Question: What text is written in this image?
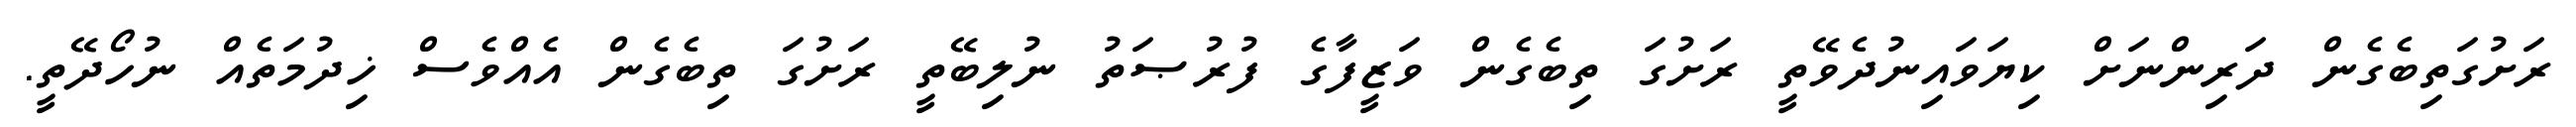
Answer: ރަށުގަތިބެގެން ދަރިންނަށް ކިޔަވައިނުދެވޭތީ ރަށުގަ ތިބެގެން ވަޒީފާގެ ފުރުޞަތު ނުލިބޭތީ ރަށުގަ ތިބެގެން އެއްވެސް ޚިދުމަތެއް ނުހޯދޭތީ.